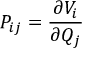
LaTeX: P _ { i j } = { \frac { \partial V _ { i } } { \partial Q _ { j } } }